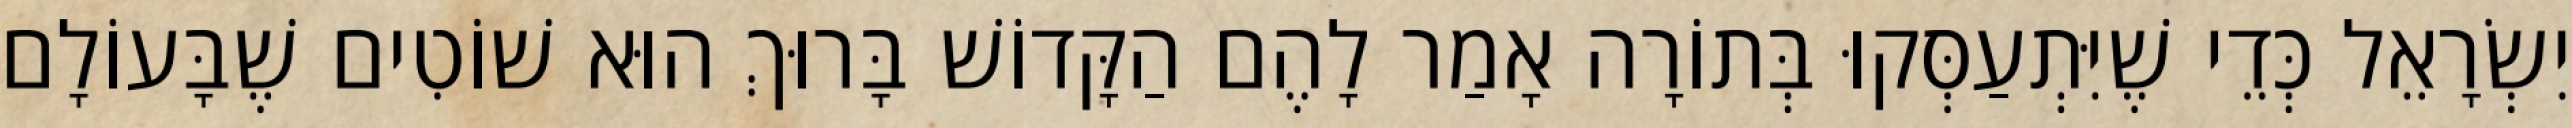
יִשְׂרָאֵל כְּדֵי שֶׁיִּתְעַסְּקוּ בְּתוֹרָה אָמַר לָהֶם הַקָּדוֹשׁ בָּרוּךְ הוּא שׁוֹטִים שֶׁבָּעוֹלָם